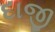
દાજી